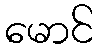
မောင်